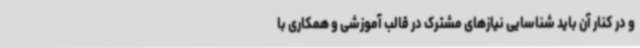
و در کنار آن باید شناسایی نیازهای مشترک در قالب آموزشی و همکاری با